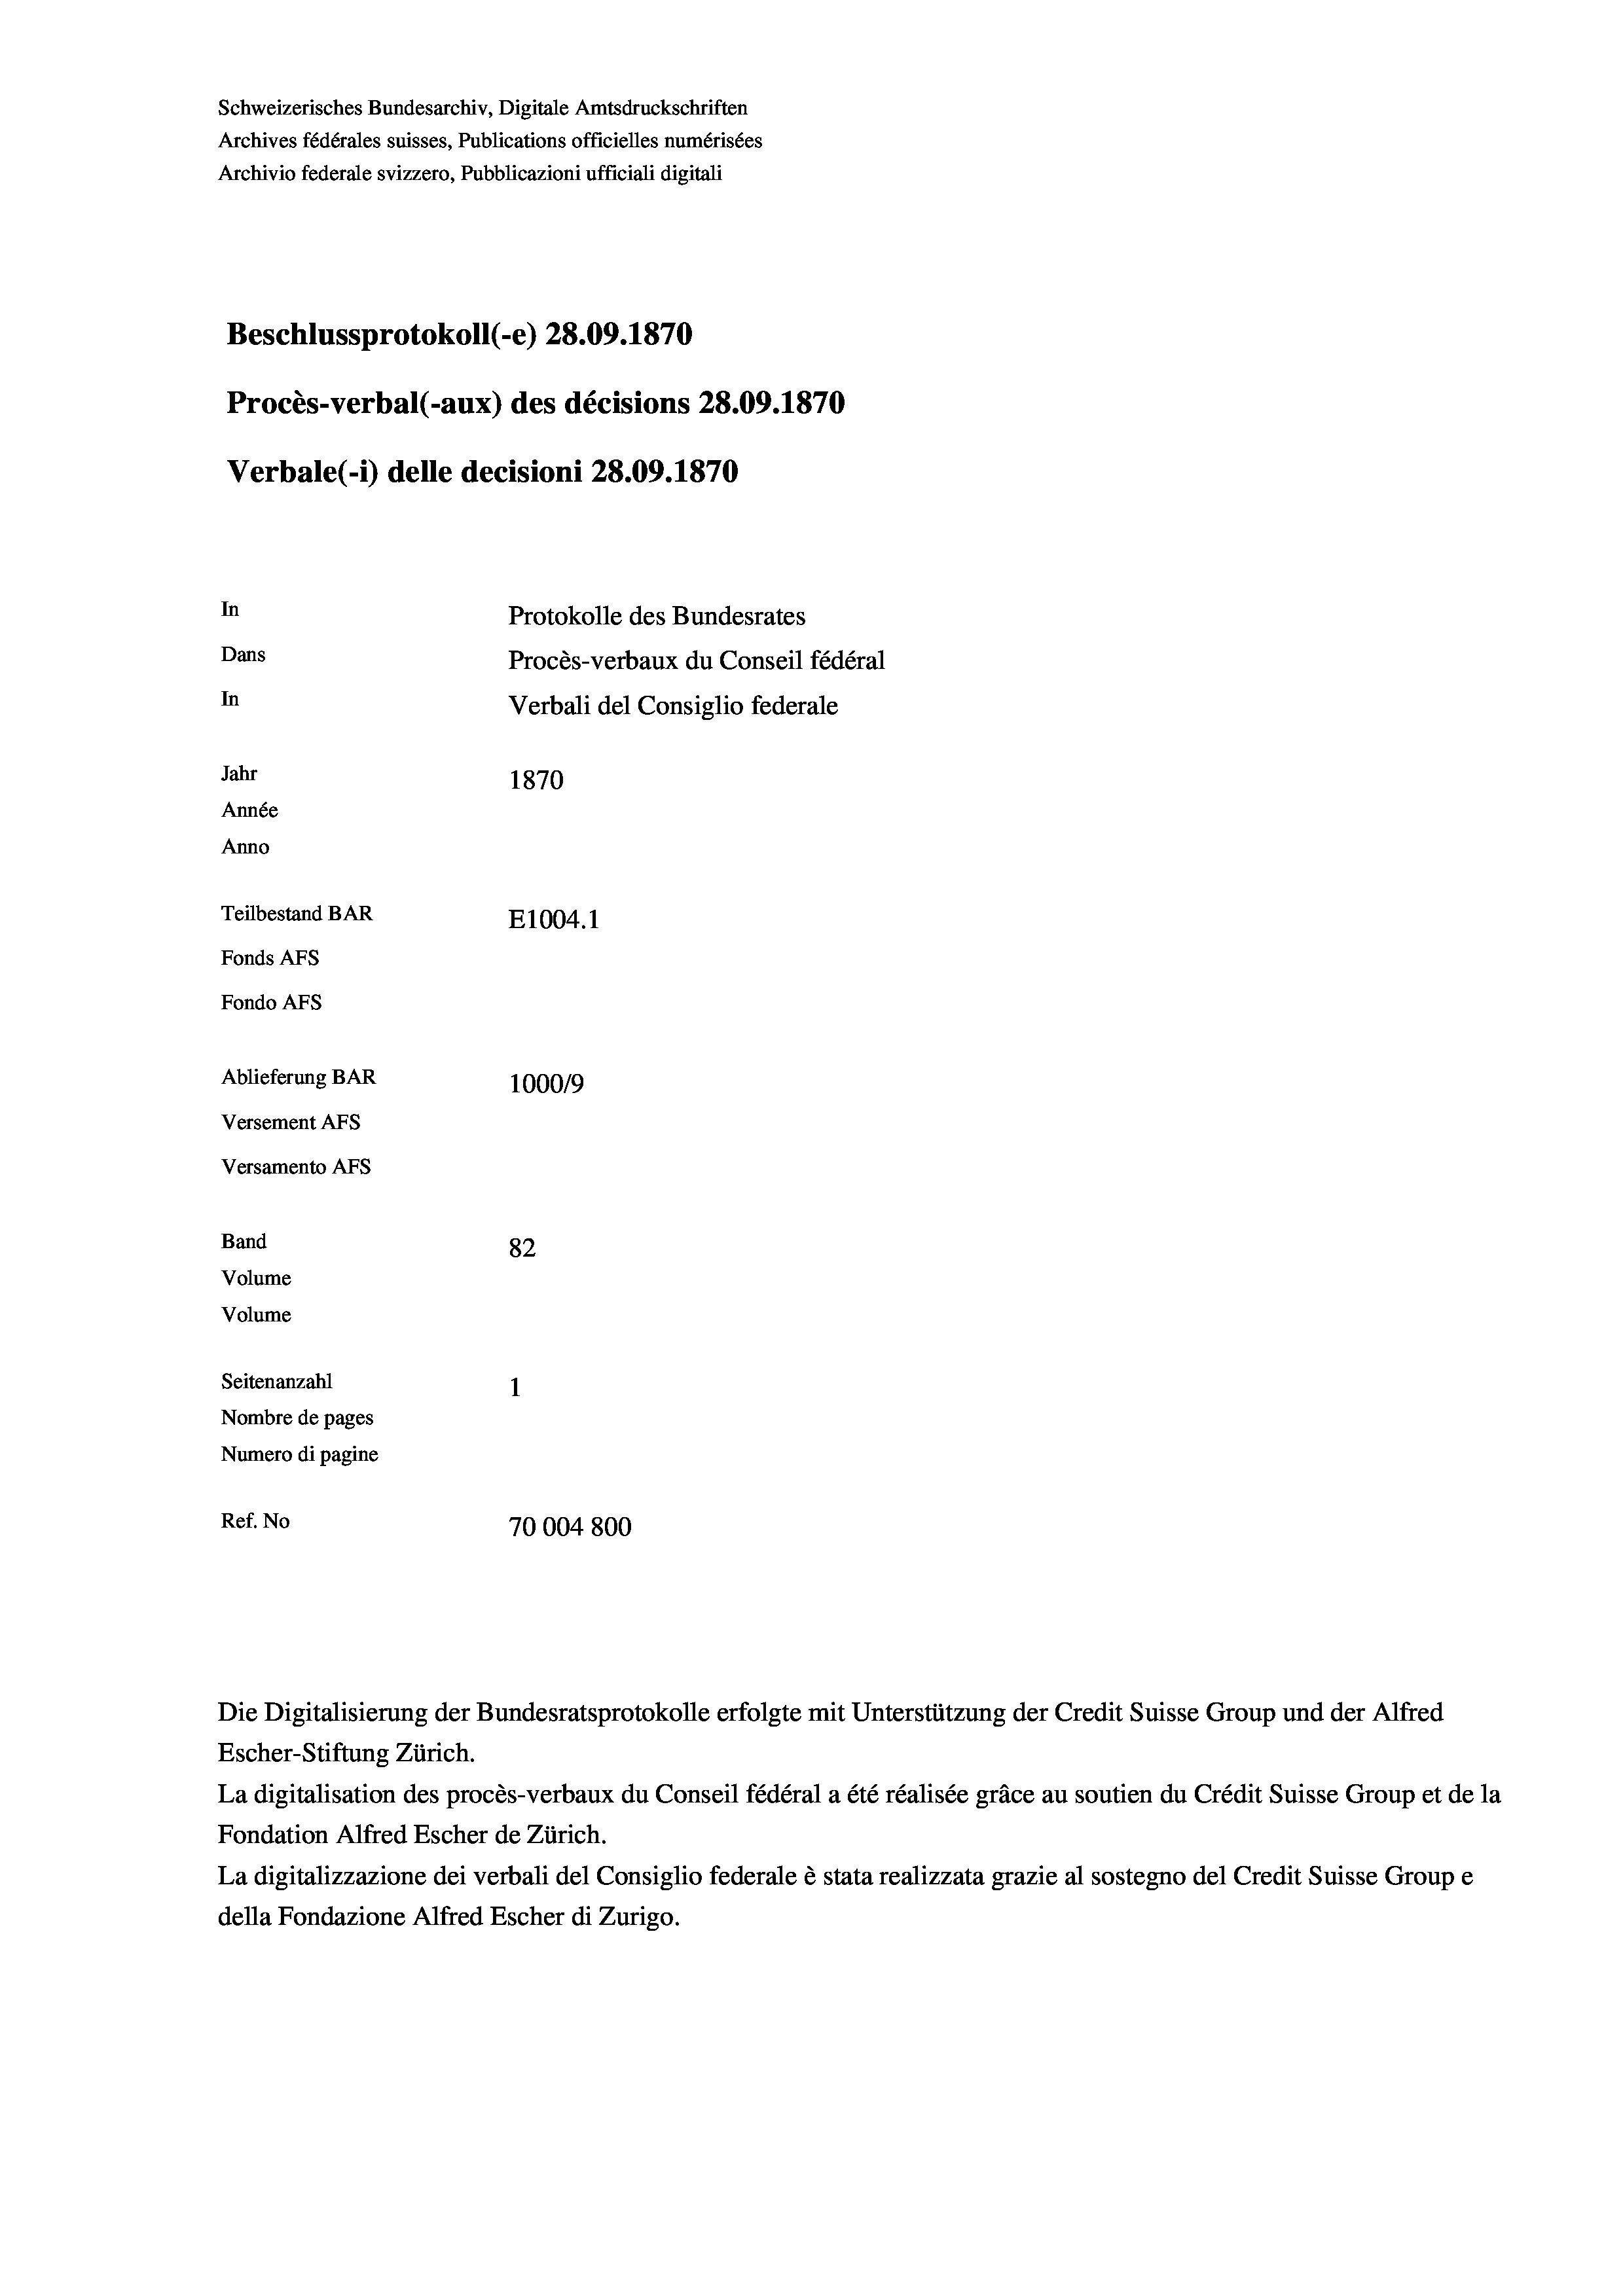
Schweizerisches Bundesarchiv, Digitale Amtsdruckschriften
Archives fédérales suisses, Publications officielles numérisées
Archivio federale svizzero, Pubblicazioni ufficiali digitali
Beschlussprotokoll (-e) 28.09. 1870
Procès-verbal (-aux) des décisions 28.09. 1870
Verbale (1) delle decisioni 28.09. 1870
In
Protokolle des Bundesrates
Dans
Procès-verbaux du Conseil fédéral
In
Verbali del Consiglio federale
Jahr
1870
Année
Anno
Teilbestand BAR
E1004.1
Fonds AFs
Fondo AFs
Ablieferung BAR
1000/9
Versement AFS
Versamento Afs

82
Seitenanzahl
Nombre de pages
Numero di pagine
Ref. No
70004 800

Band
Volume
Volume

Die Digitalisierung der Bundesratsprotokolle erfolgte mit Unterstützung der Credit Suisse Group und der Alfred

Escher-Stiftung Zürich.
La digitalisation des procès-verbaux du Conseil fédéral a été réalisée gräce au soutien du Crédit Suisse Group et de la
Fondation Alfred Escher de Zürich.
La digitalizzazione dei verbali del Consiglio federale è stata realizzata grazie al sostegno del Credit Suisse Groupe
della Fondazione Alfred Escher di Zurigo.